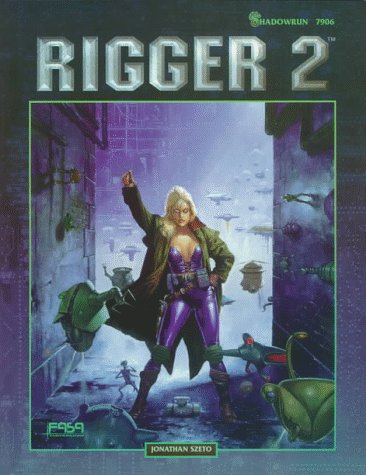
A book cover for Rigger 2: A Shadowrun Sourcebook; Jonathan Szeto; Science Fiction & Fantasy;